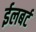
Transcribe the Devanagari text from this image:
ईलबर्ट